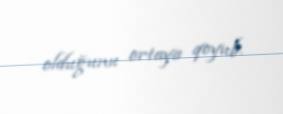
olduğunu ortaya qoyub.